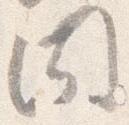
聞